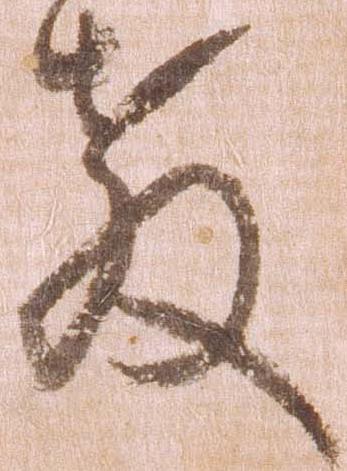
教